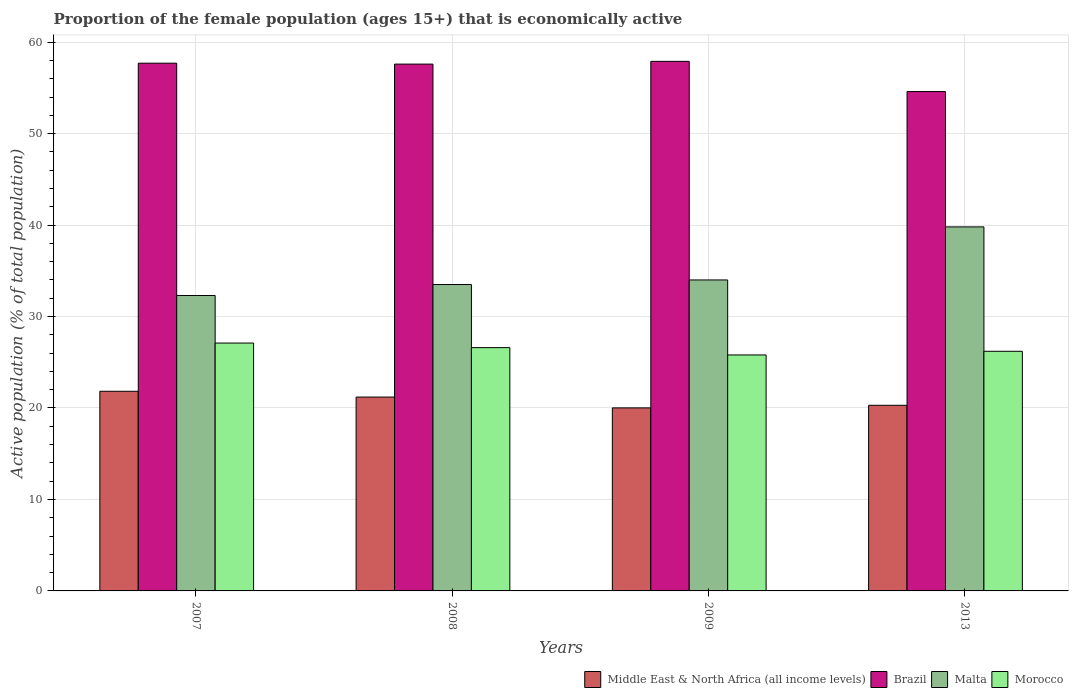
| Years | Middle East & North Africa (all income levels) | Brazil | Malta | Morocco |
 | --- | --- | --- | --- | --- |
 | 2007 | 21.8 | 57.7 | 32.3 | 27.1 |
 | 2008 | 21.2 | 57.6 | 33.5 | 26.6 |
 | 2009 | 20 | 57.9 | 34 | 25.8 |
 | 2013 | 20.3 | 54.6 | 39.8 | 26.2 |